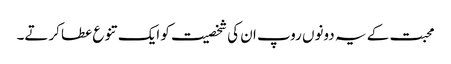
محبت کے یہ دونوں روپ ان کی شخصیت کو ایک تنوع عطا کرتے۔